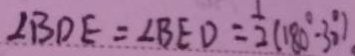
\angle B D E = \angle B E D = \frac { 1 } { 2 } ( 1 8 0 ^ { \circ } - 3 0 ^ { \circ } )